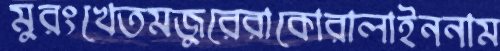
মুরংখেতমজুরেরাকোরালাইননাম